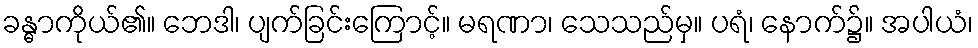
ခန္ဓာကိုယ်၏။ ဘေဒါ၊ ပျက်ခြင်းကြောင့်။ မရဏာ၊ သေသည်မှ။ ပရံ၊ နောက်၌။ အပါယံ၊